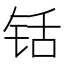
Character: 铦